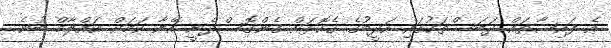
އެ ފައިސާތައް ދަބަސްތަކުގައި އަދީބުގެ ގެކޮޅަށް ގެންގޮސްދެނީ އޭނާ ކަމަށް އައްލާމް ބުނެ